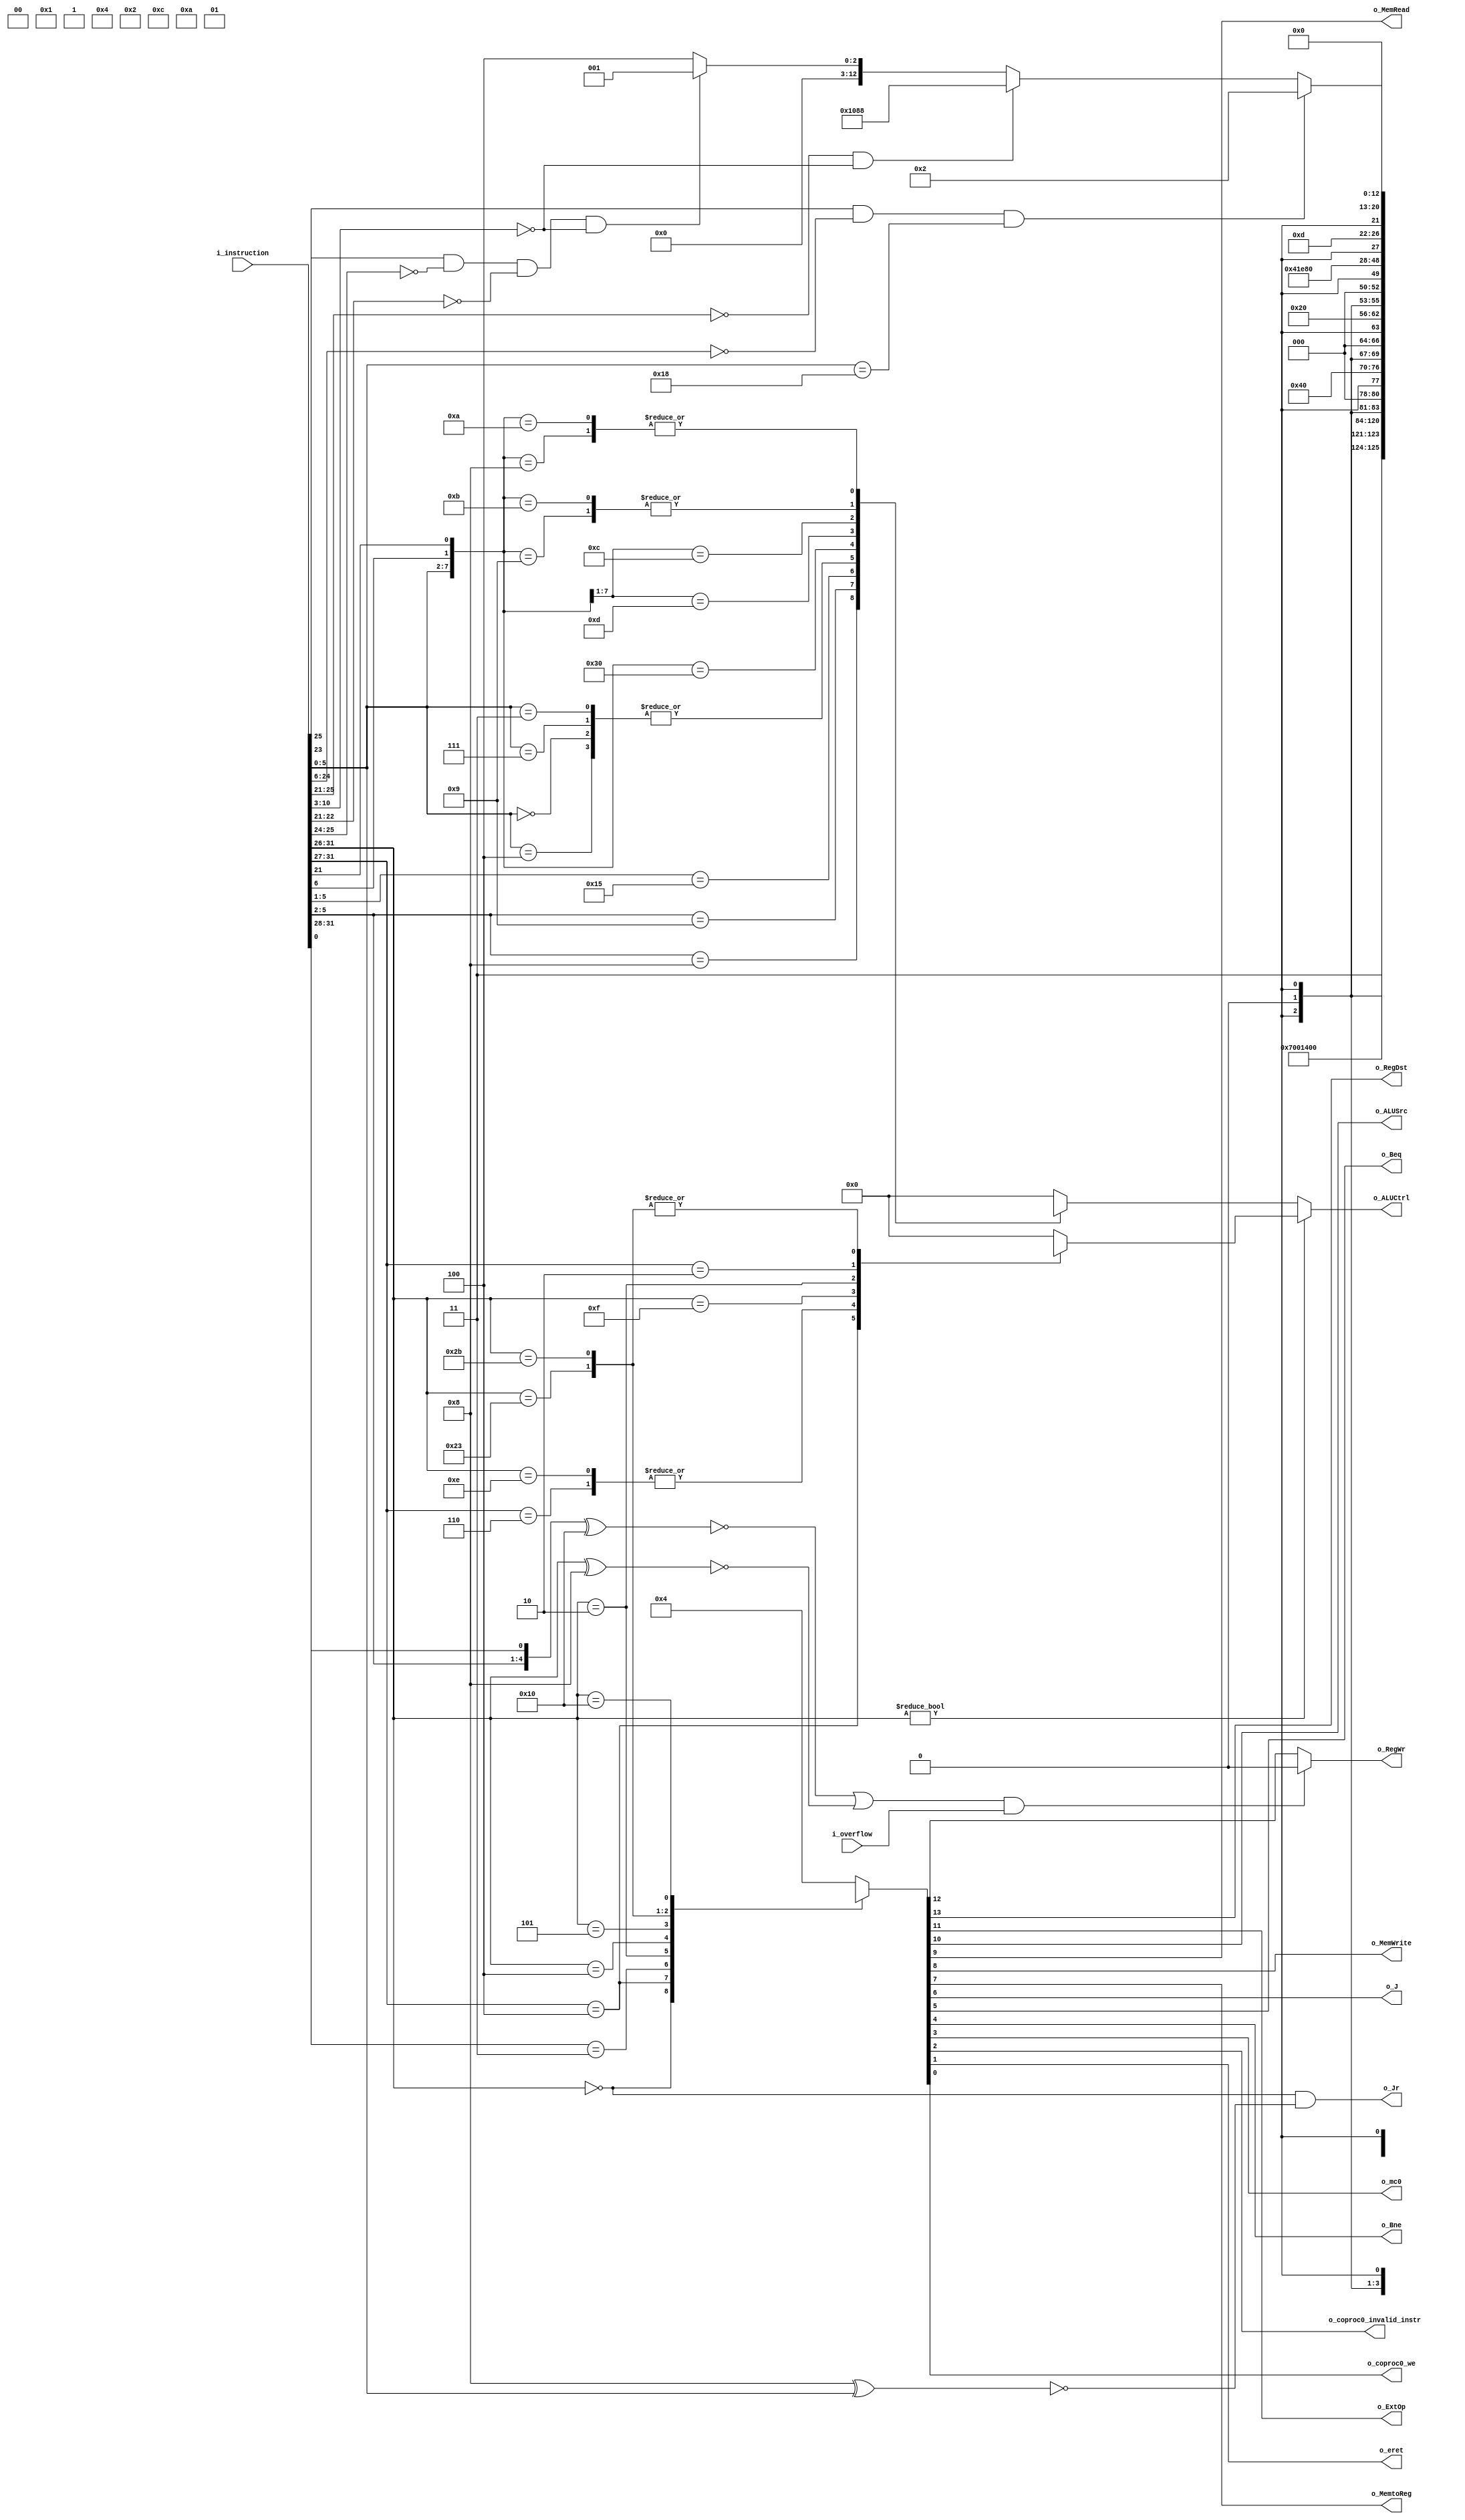
//Control path
`timescale 1ns/1ps
 
 module Control_path(	i_instruction,				//instruction [31:26]
 					 	i_overflow,				//overflow from ALU	
 				 		o_RegDst,				//Rt = 1 or Rd = 0 at RW
						o_RegWr,				//write in Registers = 1
						o_ExtOp,				//signed = 1 or unsigned = 0 extend of Imm16 befor ALU
						o_ALUSrc,				//R  = 0 or I = 1  instruction goes to ALU
						o_ALUCtrl,				//ALU Control
						o_MemRead,				//read from Data memory = 1
						o_MemWrite,				//write to Data Memory = 0
						o_MemtoReg,				//write to Registers from Data memory = 1 ot from ALU = 0
						o_J,					//Jump
						o_Jr,					//Jump to address in register
						o_Beq,					//beq
						o_Bne,					//bne																			//bne
						o_mc0,					//move coproc0
						o_coproc0_invalid_instr,//	invalid instruction interrupt
						o_eret,					//	eret control flag
						o_coproc0_we			// 	write enable for coproc0
					);
input	[31:0] 	i_instruction;
input 			i_overflow;

output	o_RegDst;			
output	o_RegWr;			
output	o_ExtOp;			
output	o_ALUSrc;			
output	[10:0] o_ALUCtrl;			
output	o_MemRead;			
output	o_MemWrite;			
output	o_MemtoReg;			
output	o_J;
output 	o_Jr;				
output	o_Beq;				
output	o_Bne;
output	o_mc0;
output	o_coproc0_invalid_instr;
output	o_eret;
output	o_coproc0_we;
////////////////////////////////////////////////////////////////////
//					INITIALIZATION VARIABLES
////////////////////////////////////////////////////////////////////
wire [5:0]	opcode;
wire [5:0]	funct;
wire [1:0] 	R6_21;
//Main Control
reg [13:0]	main_control;						//o_RegDst, t_RegWr, o_ExtOp, o_ALUSrc, o_MemRead, o_MemWrite, o_MemtoReg, o_J, o_Beq, o_Bne;
wire		t_RegWr;							//if overflow for add,sub,addi
//ALU Control
reg [10:0]	alu_funct;							//o_ALUCtrl for R instruction
reg [10:0]	alu_opcode;							//o_ALUCtrl for I instruction

assign opcode = i_instruction[31:26];
assign funct = i_instruction[5:0];
assign R6_21 = {i_instruction[6],i_instruction[21]};
////////////////////////////////////////////////////////////////////
//					MAIN CONTROL
////////////////////////////////////////////////////////////////////
always@* begin
	casez(opcode)
	//o_RegDst, o_RegWr		o_ExtOp,o_ALUSrc,o_MemRead,o_MemWrite		o_MemtoReg,o_J,o_Beq,o_Bne		o_mc0,o_coproc0_invalid_instr,o_eret,o_coproc0_we;
	6'b000000:	main_control = 14'b11_x0x0_0000_0000;//R
	6'b00100?:	main_control = 14'b01_1100_0000_0000;//addi,addiu
	6'b0011??:	main_control = 14'b01_0100_0000_0000;//andi,ori,xori,lui
	6'b000010:	main_control = 14'bx0_x000_x100_0000;//j
	6'b000100:	main_control = 14'bx0_x000_x010_0000;//beq
	6'b000101:	main_control = 14'bx0_x000_x001_0000;//bne
	6'b100011:	main_control = 14'b01_1110_1000_0000;//lw
	6'b101011:	main_control = 14'bx0_1101_x000_0000;//sw
	6'b010000:	begin
					if(i_instruction[25]&(!i_instruction[24:6])&(i_instruction[5:0] == 6'b011000))	begin	//eret if(instruction[25:0] == 26'b1_000000000000000000_011000)	
						main_control = 14'b00_0000_0000_0010;
					end 
					else if(!i_instruction[25:21]&!i_instruction[10:3])									//mfc0 if(instruction[25:3] == 23'b00000_xxxxxxxxxx_00000000)	
						main_control = 14'b01_0000_1000_1000;
					else if(i_instruction[23]&!i_instruction[25:24]&!i_instruction[22:21]&!i_instruction[10:3])	//mtc0   if(instruction[25:3] == 23'b00100_xxxxxxxxxx_00000000)
						main_control = 14'b00_0000_0000_0001;
					else 
						main_control = 14'b00_0000_0000_0100;//nop
				end
	default: 	main_control = 14'b00_0000_0000_0100;//nop
	endcase
end


assign	{ o_RegDst, t_RegWr, o_ExtOp, o_ALUSrc, o_MemRead, o_MemWrite, o_MemtoReg, o_J, o_Beq, o_Bne,o_mc0, o_coproc0_invalid_instr, o_eret,o_coproc0_we } = main_control;

assign	o_RegWr = ( (!({funct[5:2], funct[0]} ^ 5'b10000) || !( opcode^6'b001000 ) ) & i_overflow) ? 0 : t_RegWr;			//(add,sub || addi), if overflow o_RegWr = 0 
assign  o_Jr = (!opcode)&(!(6'b001000^funct));
////////////////////////////////////////////////////////////////////
//					ALU CONTROL
////////////////////////////////////////////////////////////////////
// [1:0]	i_ALU_sel;	//Shift=00, SLT=01, ARITH=10, Logic=11
// [2:0]	i_sh_op;	//LUI,SLL=000, 	SRL =010, SRA=011, 	ROR=001
//						//SLLV=100, SRLV=110, SRAV=111, RORV=101
//			i_lui
// [1:0]	i_log_op;	//AND,ANDI=00, OR,ORI=01, XOR,XORI=10, NOR=11 
//			i_ar_op_en	// enable for overflow
// 			i_ar_op;	//ADD,ADDU,ADDI=0, SUB,SUBU,SUBI=1
//			i_slt_op;	//SLT = 0, SLTU = 1;
//i_ALU_sel,	i_sh_op,	i_lui,	i_log_op,	i_ar_op_en, i_ar_op,	i_slt_op
////////////////////////////////////////////////////////////////////
always@* begin
	casez( {funct, R6_21} )														//R instruction
	8'b1000????: 	alu_funct = { 9'b10_xxx_0_xx_1,	funct[1],		1'bx  		};	//add,addu,sub,subu
	8'b1001????: 	alu_funct = { 6'b11_xxx_0,		funct[1:0],	3'b0xx 		};	//and,or,xor,nor
	8'b10101???:	alu_funct = { 10'b01_xxx_0_xx_01, funct[0]			  		}; 	//slt,sltu
	8'b000100??:	alu_funct = { 2'b00, 			funct[2:0],6'b0_xx_0_x_x	};	//sllv
	8'b000000??:	alu_funct = { 2'b00, 			funct[2:0],6'b0_xx_0_x_x	};	//sll
	8'b000111??:	alu_funct = { 2'b00, 			funct[2:0],6'b0_xx_0_x_x	};	//srav
	8'b000011??:	alu_funct = { 2'b00, 			funct[2:0],6'b0_xx_0_x_x	};	//sra
	
	
	
	8'b001100_00:	alu_funct = { 11'bxx_xxx_0_xx_0xx 					 		};  //Jr
	8'b000110_1?:	alu_funct = 11'b00_101_0_xx_0x_x;								//rorv instruction [6]  R = 1
	8'b000110_0?:	alu_funct = 11'b00_110_0_xx_0x_x;								//srlv instruction [6] 	R = 0
	8'b000010_01:	alu_funct = 11'b00_001_0_xx_0x_x;								//ror instruction[21] R = 1
	8'b000010_11:	alu_funct = 11'b00_001_0_xx_0x_x;								//ror instruction[21] R = 1
	8'b000010_00:	alu_funct = 11'b00_010_0_xx_0x_x;								//srl instruction[21] R = 0
	8'b000010_10:	alu_funct = 11'b00_010_0_xx_0x_x;								//srl instruction[21] R = 0
	default: 		alu_funct = 11'b00_0000_00000;									//nop
	endcase

	casez(opcode)																//instruction with opcode
	6'b00100?:	alu_opcode = { 9'b10_xxx_0_xx1,	opcode[1],	1'bx  };		//addi, addiu
	6'b00110?:	alu_opcode = { 6'b11_xxx_0,		opcode[1:0],	3'b0xx };		//andi, ori
	6'b001110:	alu_opcode = { 6'b11_xxx_0,		opcode[1:0],	3'b0xx }; 		//xori
	6'b001111:	alu_opcode = { 11'b00_000_1_xx_0xx 					  };		//lui
	6'b000010:	alu_opcode = { 11'bxx_xxx_0_xx_0xx 					  };		//j
	6'b00010?:	alu_opcode = { 9'b10_xxx_0_xx_0,	opcode[2],	1'bx  };		//beq, bne
	6'b100011:	alu_opcode = { 8'b10_xxx_0_xx,	2'b00,			1'bx  };		//lw,
	6'b101011:	alu_opcode = { 8'b10_xxx_0_xx,	2'b00,			1'bx  };		//sw
	//////	6'b001000	//jr
	default: 	alu_opcode = 11'b00_0000_0000;									//nop
	endcase
end


assign o_ALUCtrl = opcode ? alu_opcode : alu_funct;

 endmodule